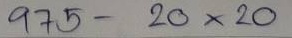
975 - 20 x 20